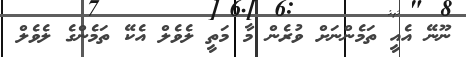
ނޫނޭ އެއީ ތަމެންނަށް ވުރެން މާ މަތީ ލެވެލް އެކޭ ތަމެންގެ ލެވެލް